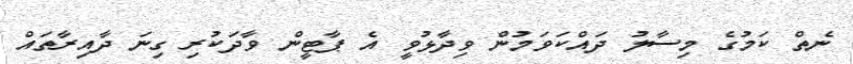
ނެތް ކަމުގެ މިސާލު ދައްކަވަމުން ވިދާޅުވީ އެ ޕާޓީން ވާދަކުރި ގިނަ ދާއިރާތައް